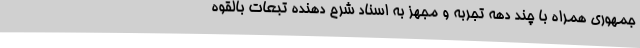
جمهوری همراه با چند دهه تجربه و مجهز به اسناد شرح دهنده تبعات بالقوه